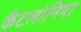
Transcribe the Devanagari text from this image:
कैंटलोनिया